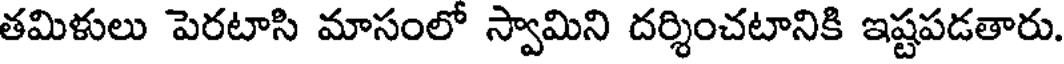
తమిళులు పెరటాసి మాసంలో స్వామిని దర్శించటానికి ఇష్టపడతారు.